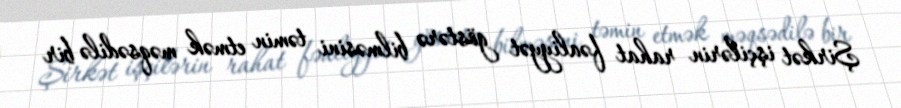
Şirkət işçilərin rahat fəaliyyət göstərə bilməsini təmin etmək məqsədilə bir